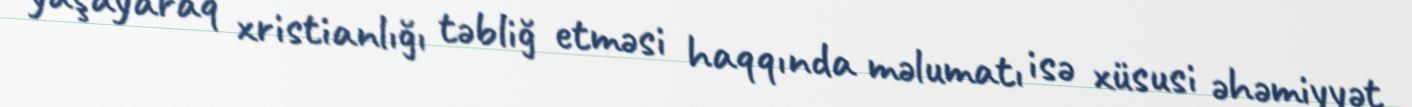
yaşayaraq xristianlığı təbliğ etməsi haqqında məlumatı isə xüsusi əhəmiyyət